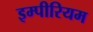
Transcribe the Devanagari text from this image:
इम्पीरियम